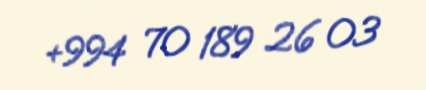
+994 70 189 26 03